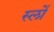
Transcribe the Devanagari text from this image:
स्लोँ